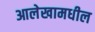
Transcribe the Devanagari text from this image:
आलेखामधील